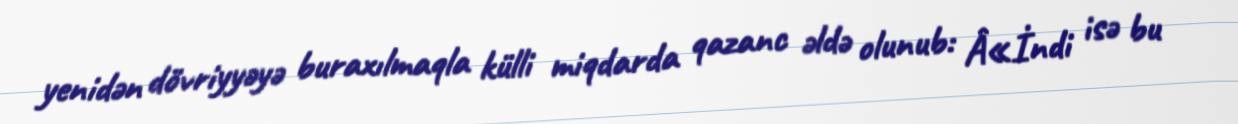
yenidən dövriyyəyə buraxılmaqla külli miqdarda qazanc əldə olunub: Â«İndi isə bu